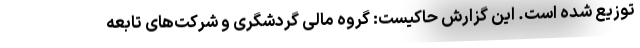
توزیع شده است. این گزارش حاکیست: گروه مالی گردشگری و شرکت‌های تابعه